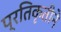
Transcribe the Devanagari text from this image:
प्रतिकृतीने